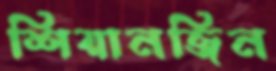
শিয়ানজিন